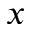
x